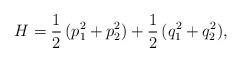
LaTeX: \begin{align*}H=\frac{1}{2}\,(p_1^2+p_2^2)+\frac{1}{2}\,(q_1^2+q_2^2),\end{align*}